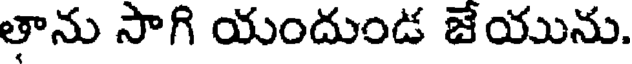
తాను సాగి యందుండ జేయును.